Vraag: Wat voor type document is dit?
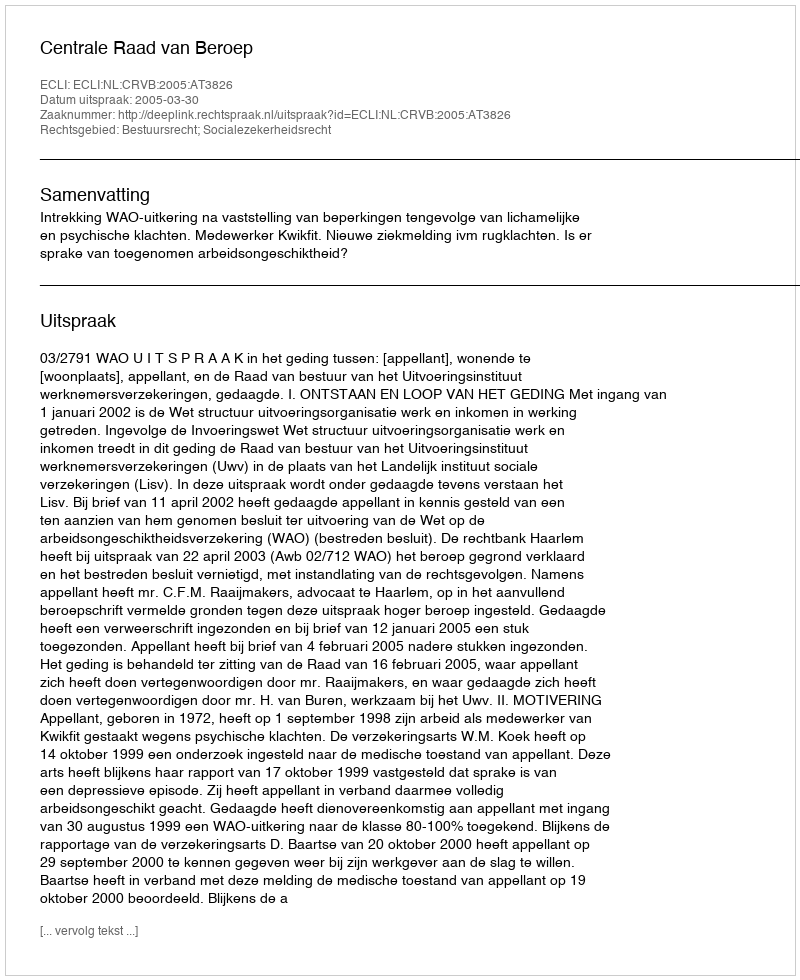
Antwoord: Uitspraak